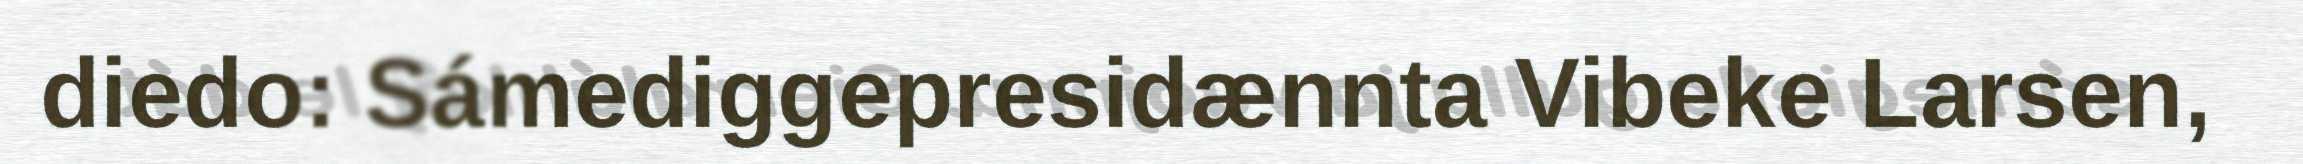
diedo: Sámediggepresidænnta Vibeke Larsen,